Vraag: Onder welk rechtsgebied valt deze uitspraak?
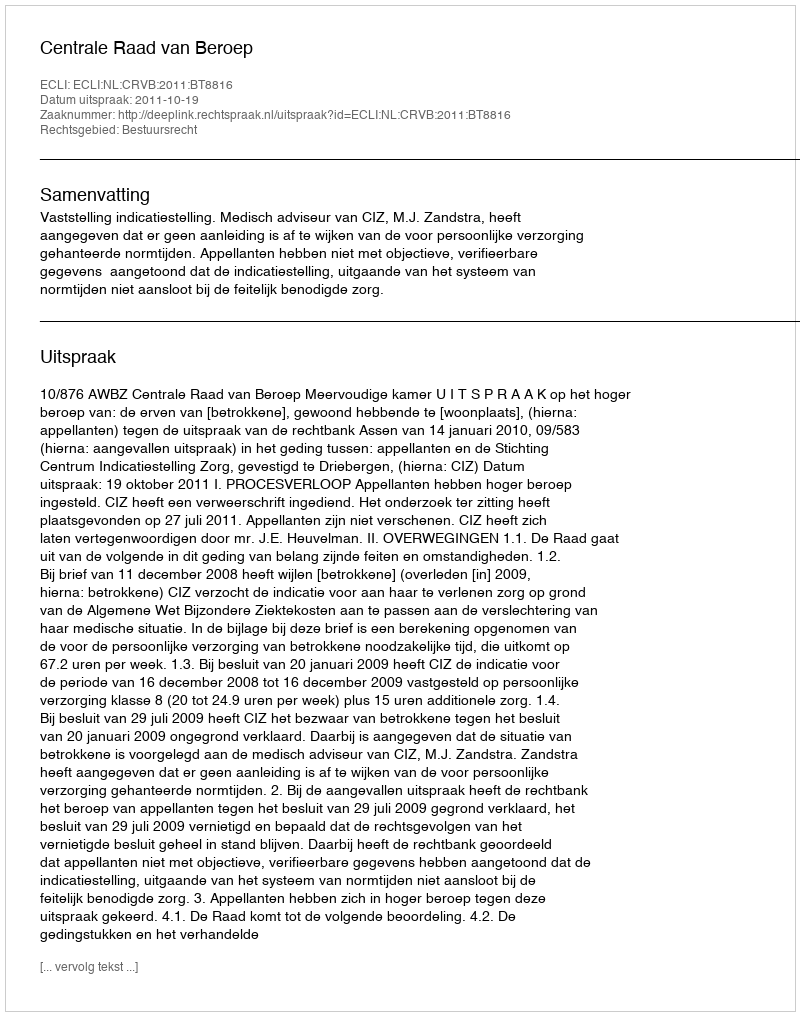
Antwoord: Bestuursrecht